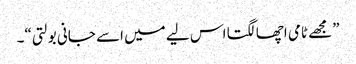
”مجھے ٹامی اچھا لگتا اس لیے میں اسے جانی بولتی“۔